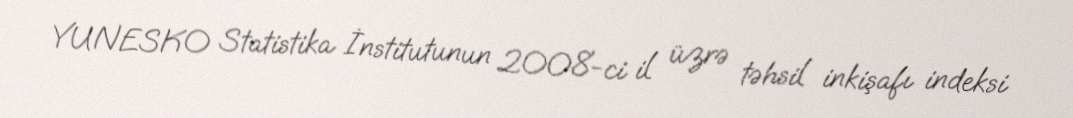
YUNESKO Statistika İnstitutunun 2008-ci il üzrə təhsil inkişafı indeksi